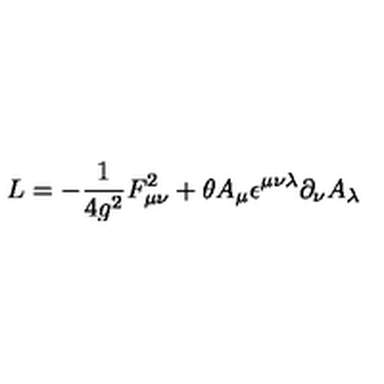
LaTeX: { \sl L } = - \frac { 1 } { 4 g ^ { 2 } } F _ { \mu \nu } ^ { 2 } + \theta A _ { \mu } \epsilon ^ { \mu \nu \lambda } \partial _ { \nu } A _ { \lambda }